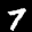
Digit: 7